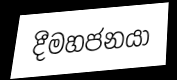
දීමහජනයා